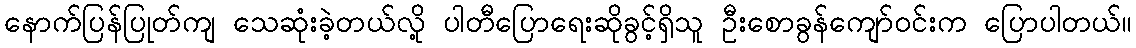
နောက်ပြန်ပြုတ်ကျ သေဆုံးခဲ့တယ်လို့ ပါတီပြောရေးဆိုခွင့်ရှိသူ ဦးစောခွန်ကျော်ဝင်းက ပြောပါတယ်။